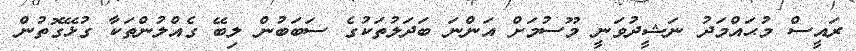
ރައީސް މުޙައްމަދު ނަޝީދުވަނީ މޫސުމަށް އަންނަ ބަދަލުތަކުގެ ސަބަބުން ލިބޭ ގެއްލުންތަކާ ގުޅޭގޮތުން